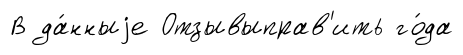
В да́нныjе Отзывыправ'ить го́да